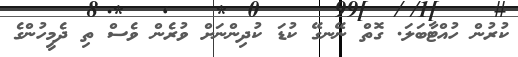
ކުރުން ހުއްޓާބަލަަ. ގޮޮތް ނޭނގޭ ކުޑަ ކުުދިންނަށް ވުރެން ވެސްް ތި ދެމީހުންގެ